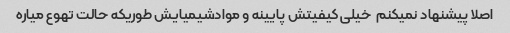
اصلا پیشنهاد نمیکنم  خیلی کیفیتش پایینه و موادشیمیایش طوریکه حالت تهوع میاره